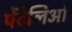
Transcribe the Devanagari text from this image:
पेंटेलिओ